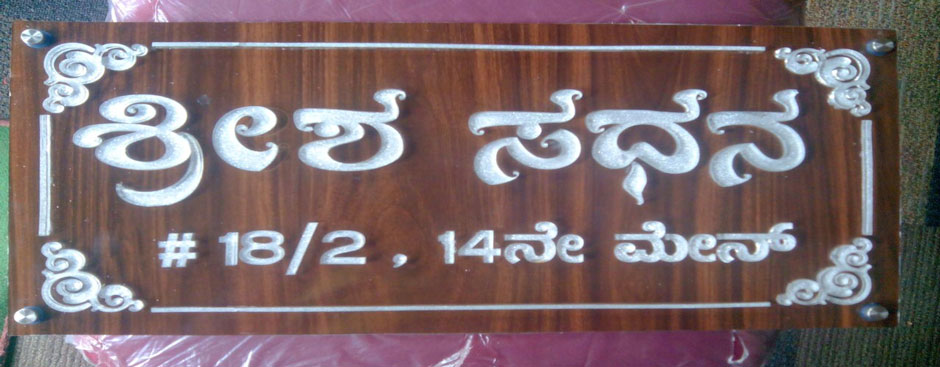
Language: kannada
Transcription: ಶ್ರೀಶ ಸಧನ ನೇ ಮೇನ್